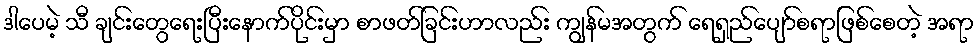
ဒါပေမဲ့ သီ ချင်းတွေရေးပြီးနောက်ပိုင်းမှာ စာဖတ်ခြင်းဟာလည်း ကျွန်မအတွက် ရေရှည်ပျော်စရာဖြစ်စေတဲ့ အရာ